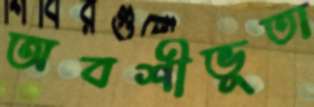
অবশীভূতা